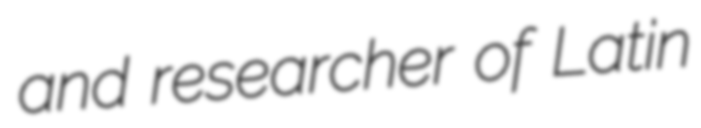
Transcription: and researcher of Latin